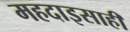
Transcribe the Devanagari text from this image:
महदाइसाही